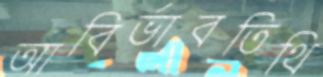
আবির্ভাবতিথি